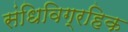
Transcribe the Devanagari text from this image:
संधिविग्रहिक